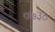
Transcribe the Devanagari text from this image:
०७३०